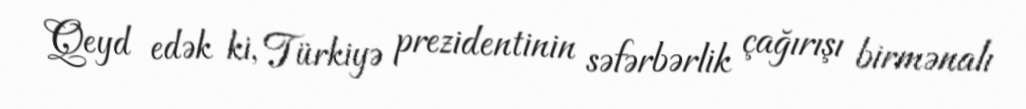
Qeyd edək ki, Türkiyə prezidentinin səfərbərlik çağırışı birmənalı